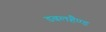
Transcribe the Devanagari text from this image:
डबलहैण्ड